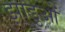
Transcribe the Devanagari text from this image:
झाड़ुओं